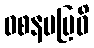
ဝစနမဗြဝိ